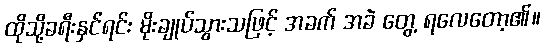
ထိုသို့ခရီးနှင်ရင်း မိုးချုပ်သွားသဖြင့် အခက် အခဲ တွေ့ ရလေတော့၏။